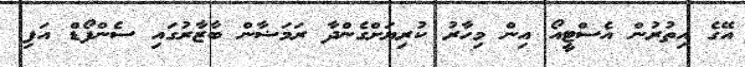
އޭގެ އިތުރުން އެސްޓީއޯ އިން މިހާރު ކުރިޔަށްގެންދާ ރަމަޟާން ބާޒާރުގައި ސެންފޯޑް އަފި